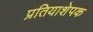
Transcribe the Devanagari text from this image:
प्रतियाशेपक